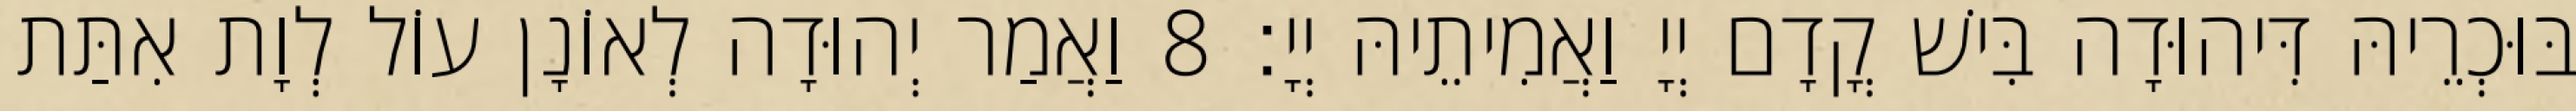
בּוּכְרֵיהּ דִּיהוּדָה בִּישׁ קֳדָם יְיָ וַאֲמִיתֵיהּ יְיָ׃ 8 וַאֲמַר יְהוּדָה לְאוֹנָן עוֹל לְוָת אִתַּת